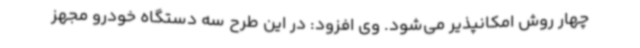
چهار روش امکانپذیر می‌شود. وی افزود: در این طرح سه دستگاه خودرو مجهز